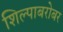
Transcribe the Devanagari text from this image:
शिल्पाबरोबर